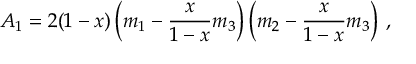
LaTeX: A _ { 1 } = 2 ( 1 - x ) \left( m _ { 1 } - \frac { x } { 1 - x } m _ { 3 } \right) \left( m _ { 2 } - \frac { x } { 1 - x } m _ { 3 } \right) \, ,